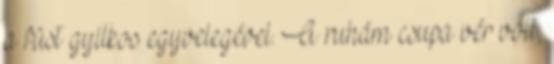
a füst gyilkos egyvelegével. A ruhám csupa vér volt,